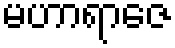
မဟာရာဇေ